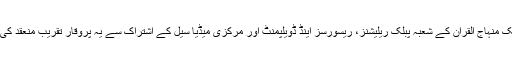
تحریک منہاج القرآن کے شعبہ پبلک ریلیشنز، ریسورسز اینڈ ڈویلپمنٹ اور مرکزی میڈیا سیل کے اشتراک سے یہ پروقار تقریب منعقد کی گئی۔